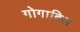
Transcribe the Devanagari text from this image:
गोगाबिल